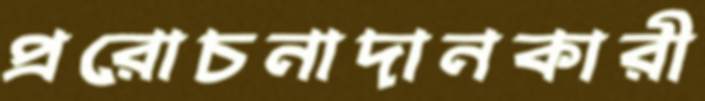
প্ররোচনাদানকারী